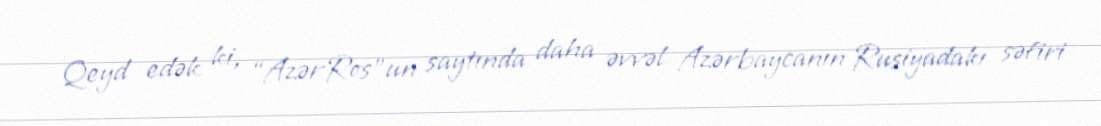
Qeyd edək ki, “AzərRos”un saytında daha əvvəl Azərbaycanın Rusiyadakı səfiri